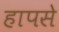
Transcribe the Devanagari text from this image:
हापसे